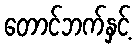
တောင်ဘက်နှင့်